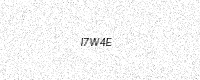
Text: I7W4E